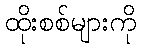
ထိုးစစ်များကို